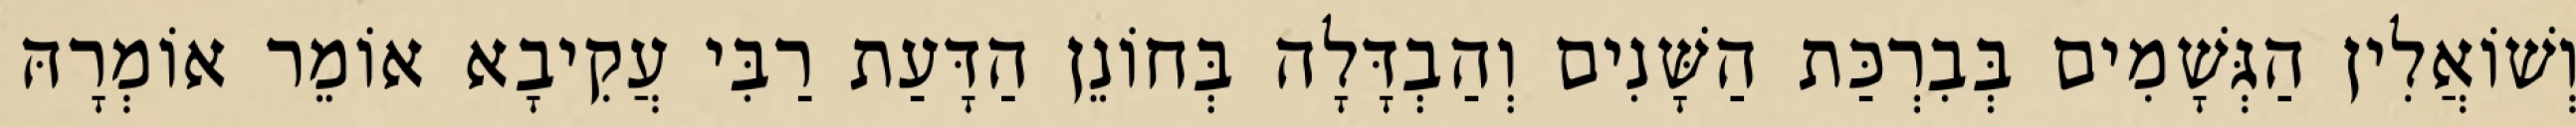
וְשׁוֹאֲלִין הַגְּשָׁמִים בְּבִרְכַּת הַשָּׁנִים וְהַבְדָּלָה בְּחוֹנֵן הַדָּעַת רַבִּי עֲקִיבָא אוֹמֵר אוֹמְרָהּ